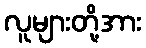
လူများတို့အား